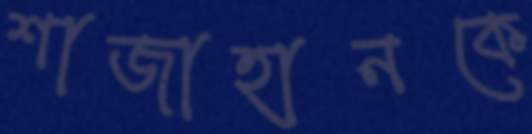
শাজাহানকে